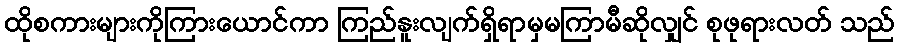
ထိုစကားများကိုကြားယောင်ကာ ကြည်နူးလျက်ရှိရာမှမကြာမီဆိုလျှင် စုဖုရားလတ် သည်